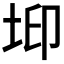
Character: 𡊶